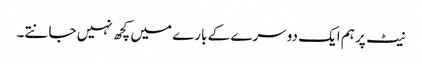
نیٹ پر ہم ایک دوسرے کے بارے میں کچھ نہیں جانتے۔